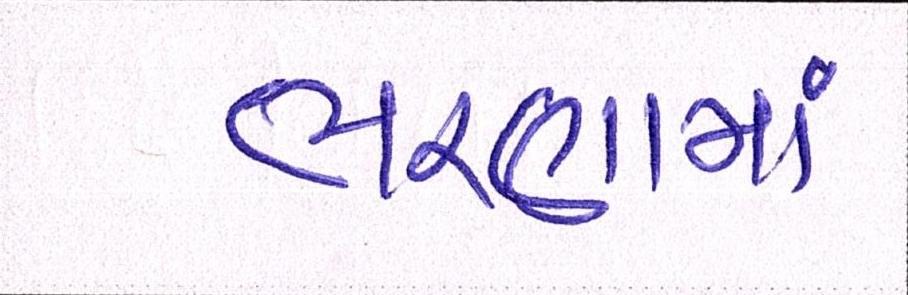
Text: ભરણામાં